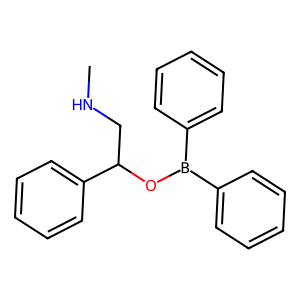
SMILES: CNCC(OB(c1ccccc1)c1ccccc1)c1ccccc1
Inhibits HIV replication: No